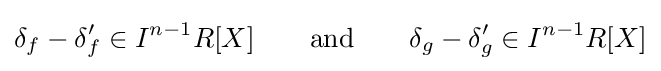
\delta _{f}-\delta '_{f}\in I^{n-1}R[X]\qquad {\text{and}}\qquad \delta _{g}-\delta '_{g}\in I^{n-1}R[X]